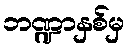
ဘဏ္ဍာနှစ်မှ